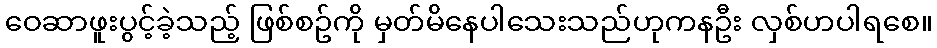
ဝေဆာဖူးပွင့်ခဲ့သည့် ဖြစ်စဥ်ကို မှတ်မိနေပါသေးသည်ဟုကနဦး လှစ်ဟပါရစေ။